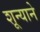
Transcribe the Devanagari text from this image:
शून्याने